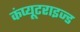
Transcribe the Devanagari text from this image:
कंप्यूटराइज्ड